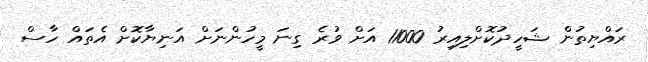
ރައްޔިތުން ޝަހީދުކޮށްލިއިރު 11000 އަށް ވުރެ ގިނަ މީހުންނަށް އަނިޔާކޮށް އެތައް ހާސް